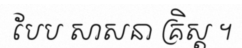
បែប សាសនា គ្រិស្ត ។